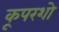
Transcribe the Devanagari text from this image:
कूपरशो